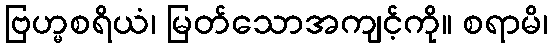
ဗြဟ္မစရိယံ၊ မြတ်သောအကျင့်ကို။ စရာမိ၊